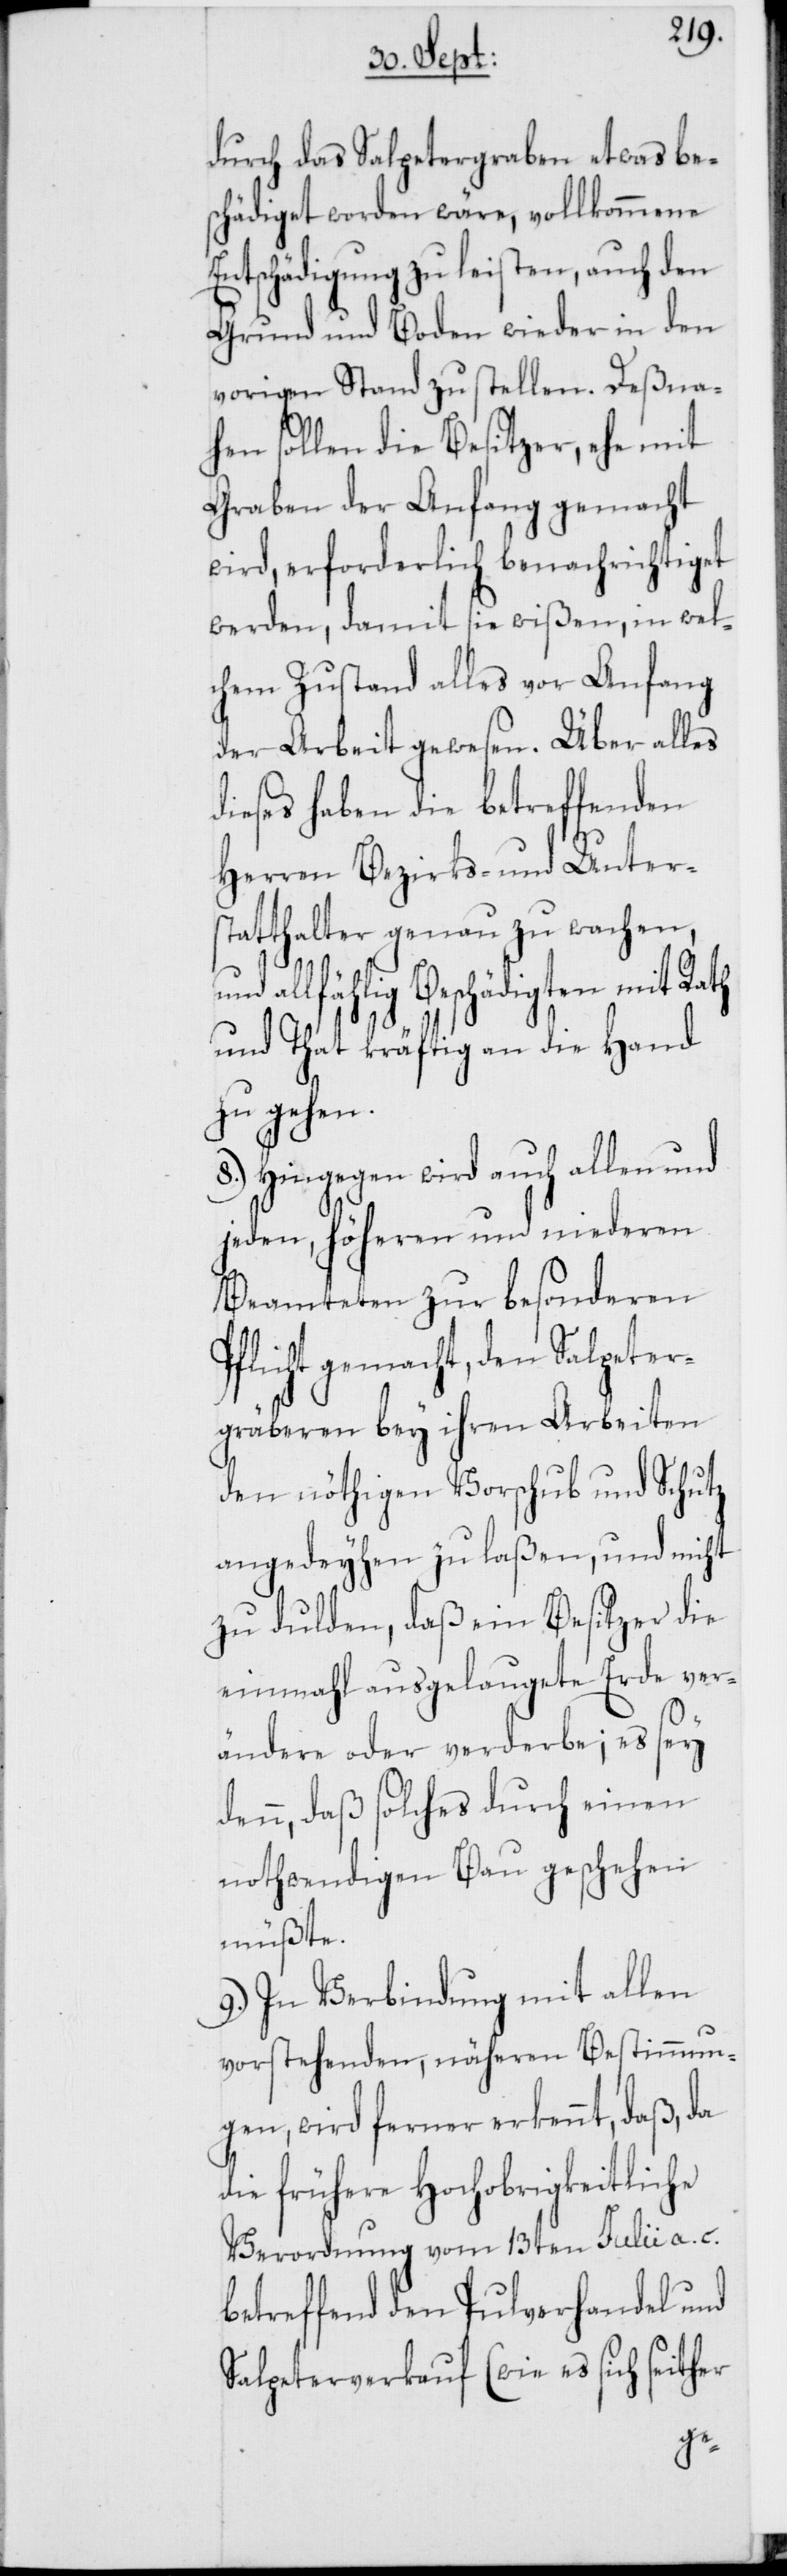
durch das Salpetergraben etwas bes¬
chädiget worden wäre, vollkommene
Entschädigung zu leisten, auch den
Grund und Boden wieder in den
vorigen Stand zu stellen. Deßna¬
hen sollen die Besitzer, ehe mit
Graben der Anfang gemacht
wird, erforderlich benachrichtiget
werden, damit sie wißen, in wel¬
chem Zustand alles vor Anfang
der Arbeit gewesen. Über alles
dieses haben die betreffenden
Herren Bezirks- und Unter¬
statthalter genau zu wachen,
P¬
und allfählig Beschädigten mit Rath
und Tath kräftig an die Hand
zu gehen.
8.) Hingegen wird auch allen und
jeden, höheren und niederen
Beamteten zu besonderen
flicht gemacht, den Salpeter¬
gräberen bey ihren Arbeiten
den nöthigen Vorschub und Schutz
angedeyhen zu laßen, und nicht
zu dulden, daß ein Besitzer die
einmahl ausgelaugete Erde ver¬
ändere oder verderbe; es sey
denn, daß solches durch einen
nothwendigen Bau geschehen
müßte.
9.) In Verbindung mit allen
vorstehenden, näheren Bestimmun¬
gen, wird ferner erkennt, daß, da
die frühere Hochobrigkeitliche
Verordnung vom 13ten Julii a. c.
betreffend den Pulverhandel und
Salpeterverkauf (wie es sich seither